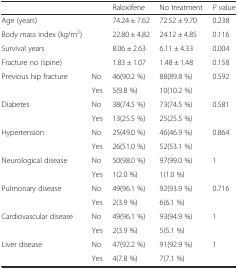
|  |  | Raloxifene | No treatment | P value |
 | --- | --- | --- | --- | --- |
 | Age (years) |  | 74.24 ± 7.62 | 72.52 ± 9.70 | 0.238 |
 | Body mass index (kg/m2) |  | 22.80 ± 4.82 | 24.12 ± 4.85 | 0.116 |
 | Survival years |  | 8.06 ± 2.63 | 6.11 ± 4.33 | 0.004 |
 | Fracture no (spine) |  | 1.83 ± 1.07 | 1.48 ± 1.48 | 0.158 |
 | Previous hip fracture | No | 46(90.2 %) | 88(89.8 %) | 0.592 |
 |  | Yes | 5(9.8 %) | 10(10.2 %) |  |
 | Diabetes | No | 38(74.5 %) | 73(74.5 %) | 0.581 |
 |  | Yes | 13(25.5 %) | 25(25.5 %) |  |
 | Hypertension | No | 25(49.0 %) | 46(46.9 %) | 0.864 |
 |  | Yes | 26(51.0 %) | 52(53.1 %) |  |
 | Neurological disease | No | 50(98.0 %) | 97(99.0 %) | 1 |
 |  | Yes | 1(2.0 %) | 1(1.0 %) |  |
 | Pulmonary disease | No | 49(96.1 %) | 92(93.9 %) | 0.716 |
 |  | Yes | 2(3.9 %) | 6(6.1 %) |  |
 | Cardiovascular disease | No | 49(96.1 %) | 93(94.9 %) | 1 |
 |  | Yes | 2(3.9 %) | 5(5.1 %) |  |
 | Liver disease | No | 47(92.2 %) | 91(92.9 %) | 1 |
 |  | Yes | 4(7.8 %) | 7(7.1 %) |  |